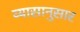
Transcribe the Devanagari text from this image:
व्यासानुसार